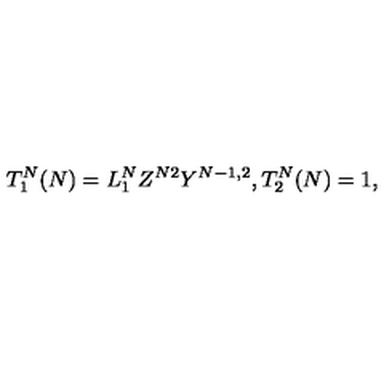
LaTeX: T _ { 1 } ^ { N } ( N ) = L _ { 1 } ^ { N } Z ^ { N 2 } Y ^ { N - 1 , 2 } , T _ { 2 } ^ { N } ( N ) = 1 ,